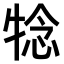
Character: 𤚋